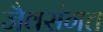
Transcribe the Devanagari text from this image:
जैवसंगत